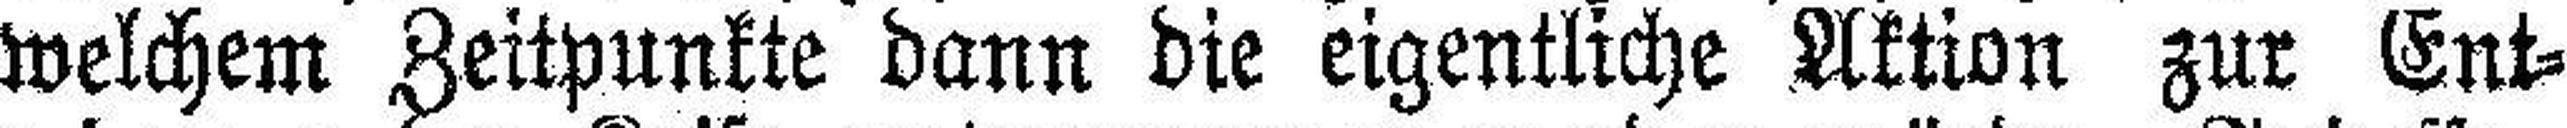
welchem Zeitpunkte dann die eigentliche Aktion zur Ent¬